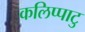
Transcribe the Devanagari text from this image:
कलिप्पाटु